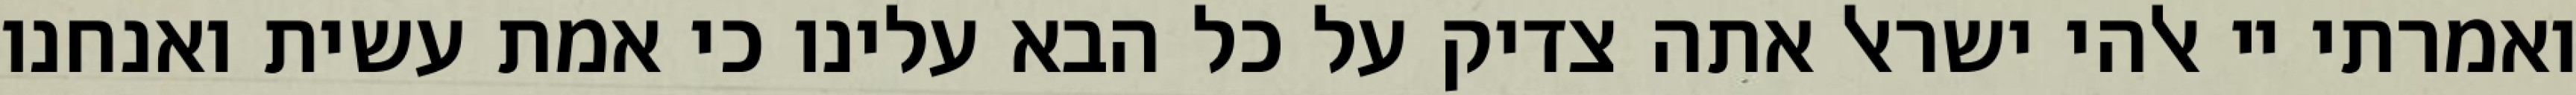
ואמרתי יי אלהי ישראל אתה צדיק על כל הבא עלינו כי אמת עשית ואנחנו